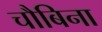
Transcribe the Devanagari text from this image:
चौबिना